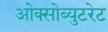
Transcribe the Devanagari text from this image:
ओक्सोब्युटरेट